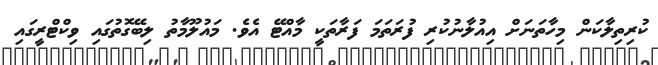
ކުރިތިލާކަން މިހާތަނަށް އިއުލާނުކުރި ފުރަތަމަ ފަރާތަކީ މާއްޓޭ އެވެ. މައުލޫމާތު ލިބޭގޮތުގައި ވިކްޓްރީގައި